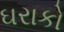
ઘરાકો